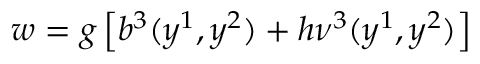
w = g \left[ b ^ { 3 } ( y ^ { 1 } , y ^ { 2 } ) + h \nu ^ { 3 } ( y ^ { 1 } , y ^ { 2 } ) \right]